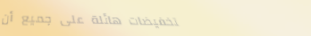
تخفيضات هائلة على جميع أن